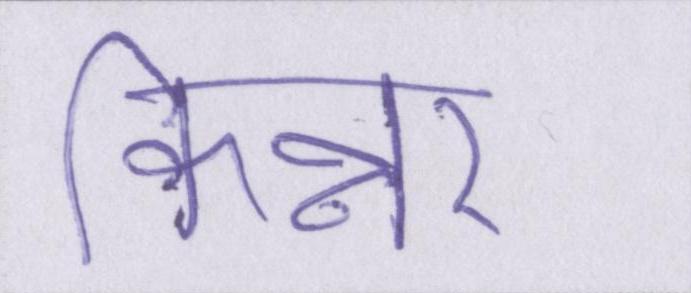
किन्नर